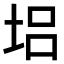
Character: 𡋿